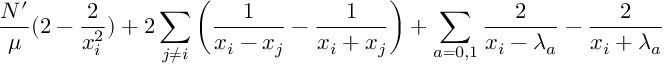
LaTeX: \frac { N ^ { \prime } } { \mu } ( 2 - \frac 2 { x _ { i } ^ { 2 } } ) + 2 \sum _ { j \neq i } \left( \frac 1 { x _ { i } - x _ { j } } - \frac 1 { x _ { i } + x _ { j } } \right) + \sum _ { a = 0 , 1 } \frac 2 { x _ { i } - \lambda _ { a } } - \frac 2 { x _ { i } + \lambda _ { a } }